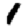
Digit: 1